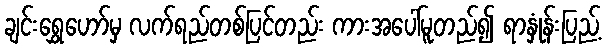
ချင်းရွှေဟော်မှ လက်ရည်တစ်ပြင်တည်း ကားအပေါ်မူတည်၍ ရာနှုံန်းပြည့်